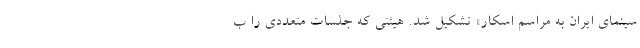
سینمای ایران به مراسم اسکار» تشکیل شد. هیئتی که جلسات متعددی را ب